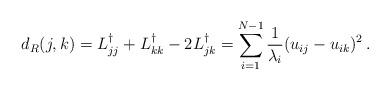
LaTeX: \begin{align*}d_R(j,k)=L^{\dagger}_{jj}+L^{\dagger}_{kk}-2L^{\dagger}_{jk}=\sum_{i=1}^{N-1}\frac{1}{\lambda_i}(u_{ij}-u_{ik})^2\,.\end{align*}